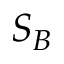
S _ { B }